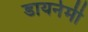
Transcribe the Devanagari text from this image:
डायनेमी